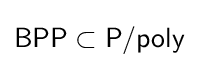
{\mathsf {BPP}}\subset {\mathsf {P/poly}}